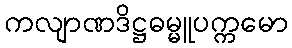
ကလျာဏဒိဋ္ဌဓမ္မူပက္ကမော